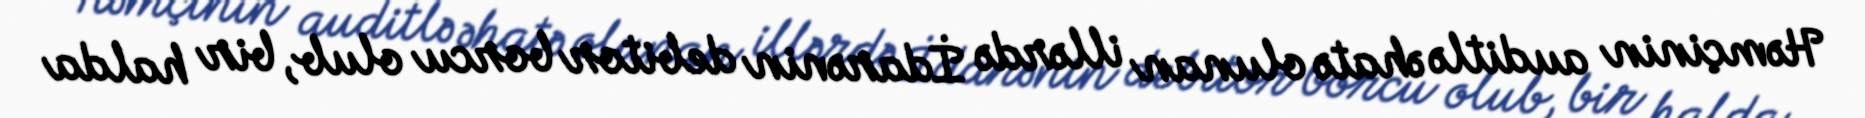
Həmçinin auditlə əhatə olunan illərdə İdarənin debitor borcu olub, bir halda